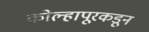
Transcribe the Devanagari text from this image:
कोल्हापूरकडून